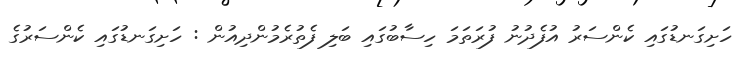
ހަށިގަނޑުގައި ކެންސަރު އުފެދުނު ފުރަތަމަ ހިސާބުގައި ބަލި ފެތުރެމުންދިއުން : ހަށިގަނޑުގައި ކެންސަރުގެ